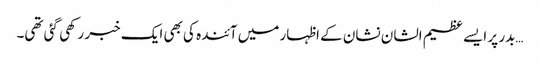
…بدر پر ایسے عظیم الشان نشان کے اظہار میں آئندہ کی بھی ایک خبر رکھی گئی تھی۔